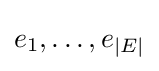
e_{1},\dots ,e_{|E|}